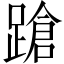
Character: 蹌